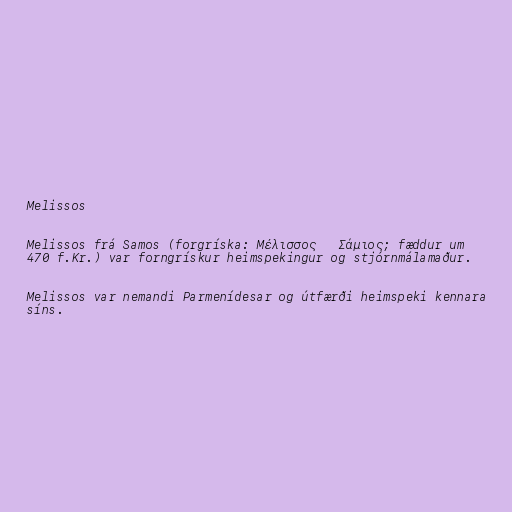
Melissos

Melissos frá Samos (forgríska: Μέλισσος ὁ Σάμιος; fæddur um
470 f.Kr.) var forngrískur heimspekingur og stjórnmálamaður.

Melissos var nemandi Parmenídesar og útfærði heimspeki kennara
síns.